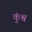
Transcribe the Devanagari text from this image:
कुंश्व